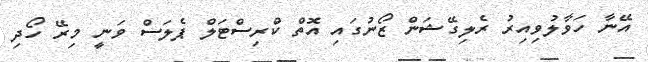
އޭނާ ހަވާލުވިއިރު ރެލިގޭޝަން ޒޯނުގައި އޮތް ކްރިސްޓަލް ޕެލަސް ވަނީ މިރޭ ހޯދި